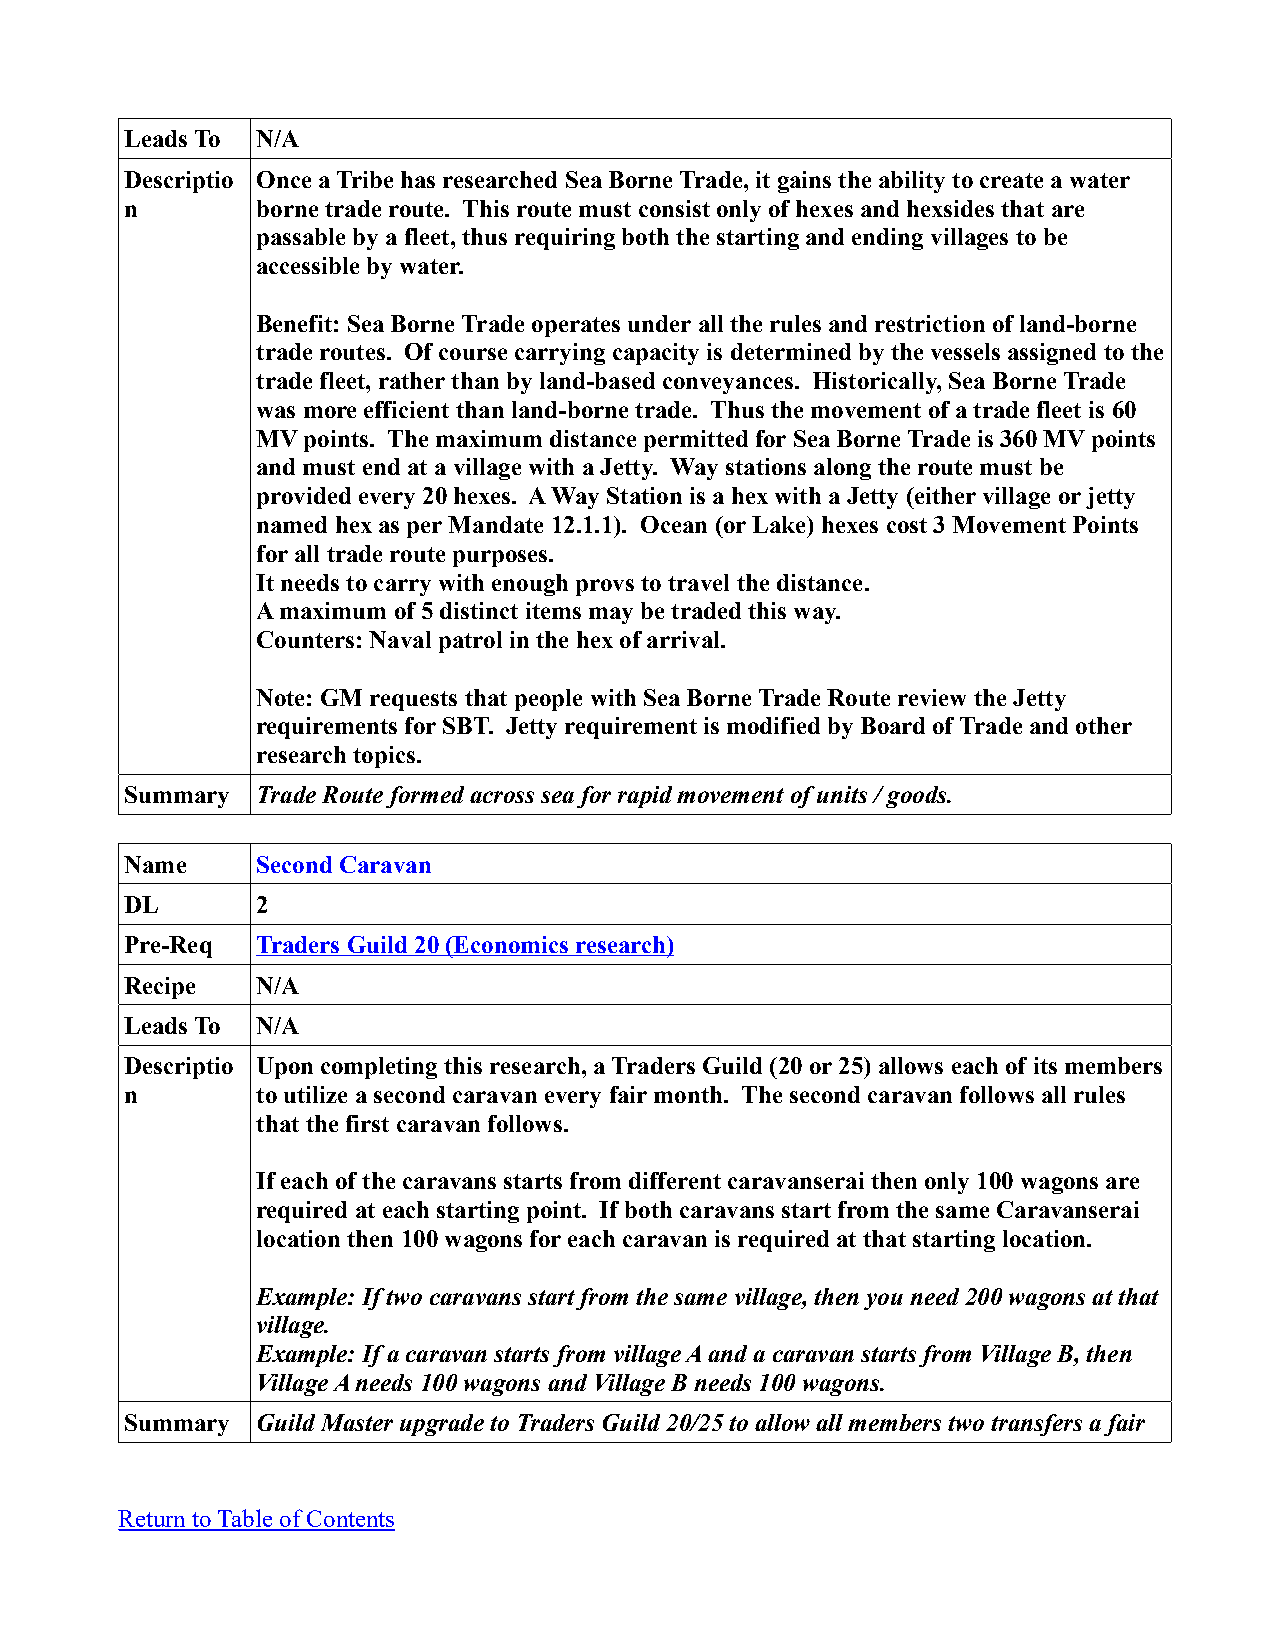
Leads To N/A
 Descriptio Once a Tribe has researched Sea Borne Trade, it gains the ability to create a water
 n        borne trade route. This route must consist only of hexes and hexsides that are
 passable by a fleet, thus requiring both the starting and ending villages to be
 accessible by water.
 Benefit: Sea Borne Trade operates under all the rules and restriction of land-borne
 trade routes. Of course carrying capacity is determined by the vessels assigned to the
 trade fleet, rather than by land-based conveyances. Historically, Sea Borne Trade
 was more efficient than land-borne trade. Thus the movement of a trade fleet is 60
 MV points. The maximum distance permitted for Sea Borne Trade is 360 MV points
 and must end at a village with a Jetty. Way stations along the route must be
 provided every 20 hexes. A Way Station is a hex with a Jetty (either village or jetty
 named hex as per Mandate 12.1.1). Ocean (or Lake) hexes cost 3 Movement Points
 for all trade route purposes.
 It needs to carry with enough provs to travel the distance.
 A maximum of 5 distinct items may be traded this way.
 Counters: Naval patrol in the hex of arrival.
 Note: GM requests that people with Sea Borne Trade Route review the Jetty
 requirements for SBT. Jetty requirement is modified by Board of Trade and other
 research topics.
 Summary  Trade Route formed across sea for rapid movement of units / goods.
 Name     Second Caravan
 DL       2
 Pre-Req  Traders Guild 20 (Economics research)
 Recipe   N/A
 Leads To N/A
 Descriptio Upon completing this research, a Traders Guild (20 or 25) allows each of its members
 n        to utilize a second caravan every fair month. The second caravan follows all rules
 that the first caravan follows.
 If each of the caravans starts from different caravanserai then only 100 wagons are
 required at each starting point. If both caravans start from the same Caravanserai
 location then 100 wagons for each caravan is required at that starting location.
 Example: If two caravans start from the same village, then you need 200 wagons at that
 village.
 Example: If a caravan starts from village A and a caravan starts from Village B, then
 Village A needs 100 wagons and Village B needs 100 wagons.
 Summary  Guild Master upgrade to Traders Guild 20/25 to allow all members two transfers a fair
 Return to Table of Contents